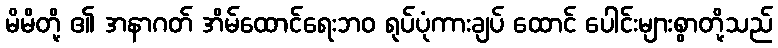
မိမိတို့ ၏ အနာဂတ် အိမ်ထောင်ရေးဘဝ ရုပ်ပုံကားချပ် ထောင် ပေါင်းများစွာတို့သည်